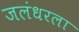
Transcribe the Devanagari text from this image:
जलंधरला